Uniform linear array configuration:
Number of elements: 8
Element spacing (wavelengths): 0.5
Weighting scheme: hamming
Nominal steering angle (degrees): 60
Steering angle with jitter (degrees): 58.778
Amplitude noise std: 0.05
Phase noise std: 0.05

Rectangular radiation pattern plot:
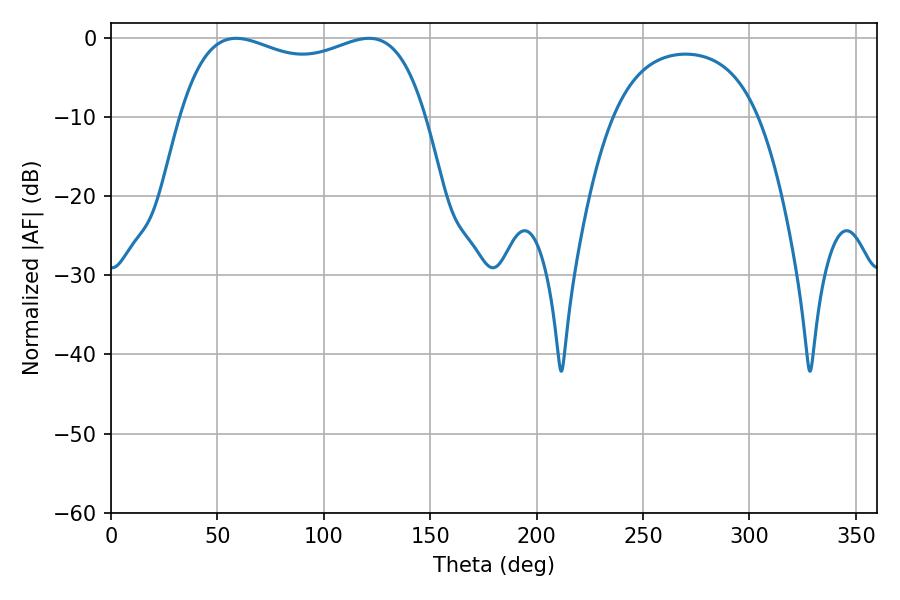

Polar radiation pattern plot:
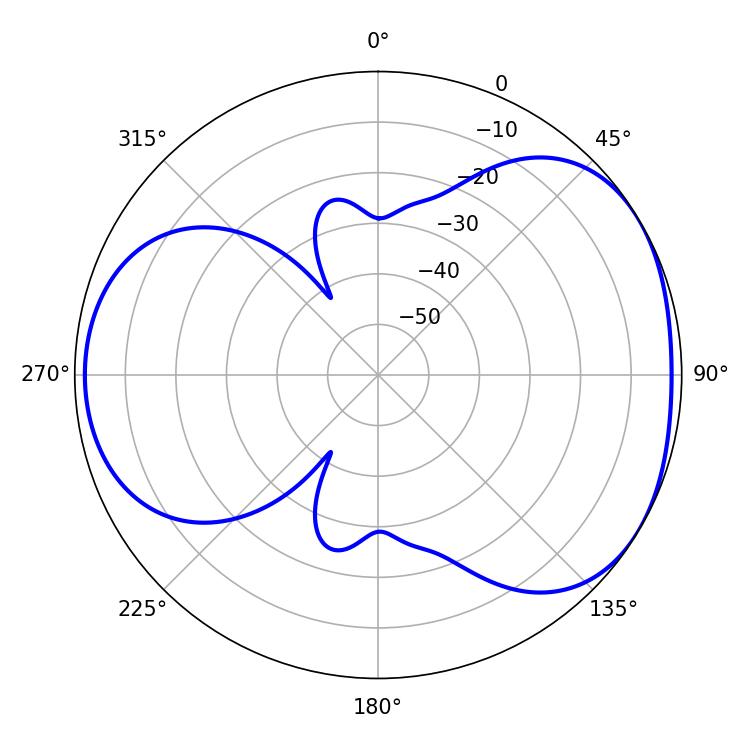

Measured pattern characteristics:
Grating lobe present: FALSE
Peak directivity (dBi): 4.237
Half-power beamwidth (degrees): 94.68
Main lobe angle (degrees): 58.86